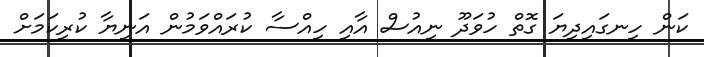
ކަން ހިނގައިދިޔަ ގޮތް ހުވަދޫ ނިއުސް އާއި ހިއްސާ ކުރައްވަމުން އަނިޔާ ކުރިކަމަށް